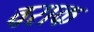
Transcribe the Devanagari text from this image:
वराक